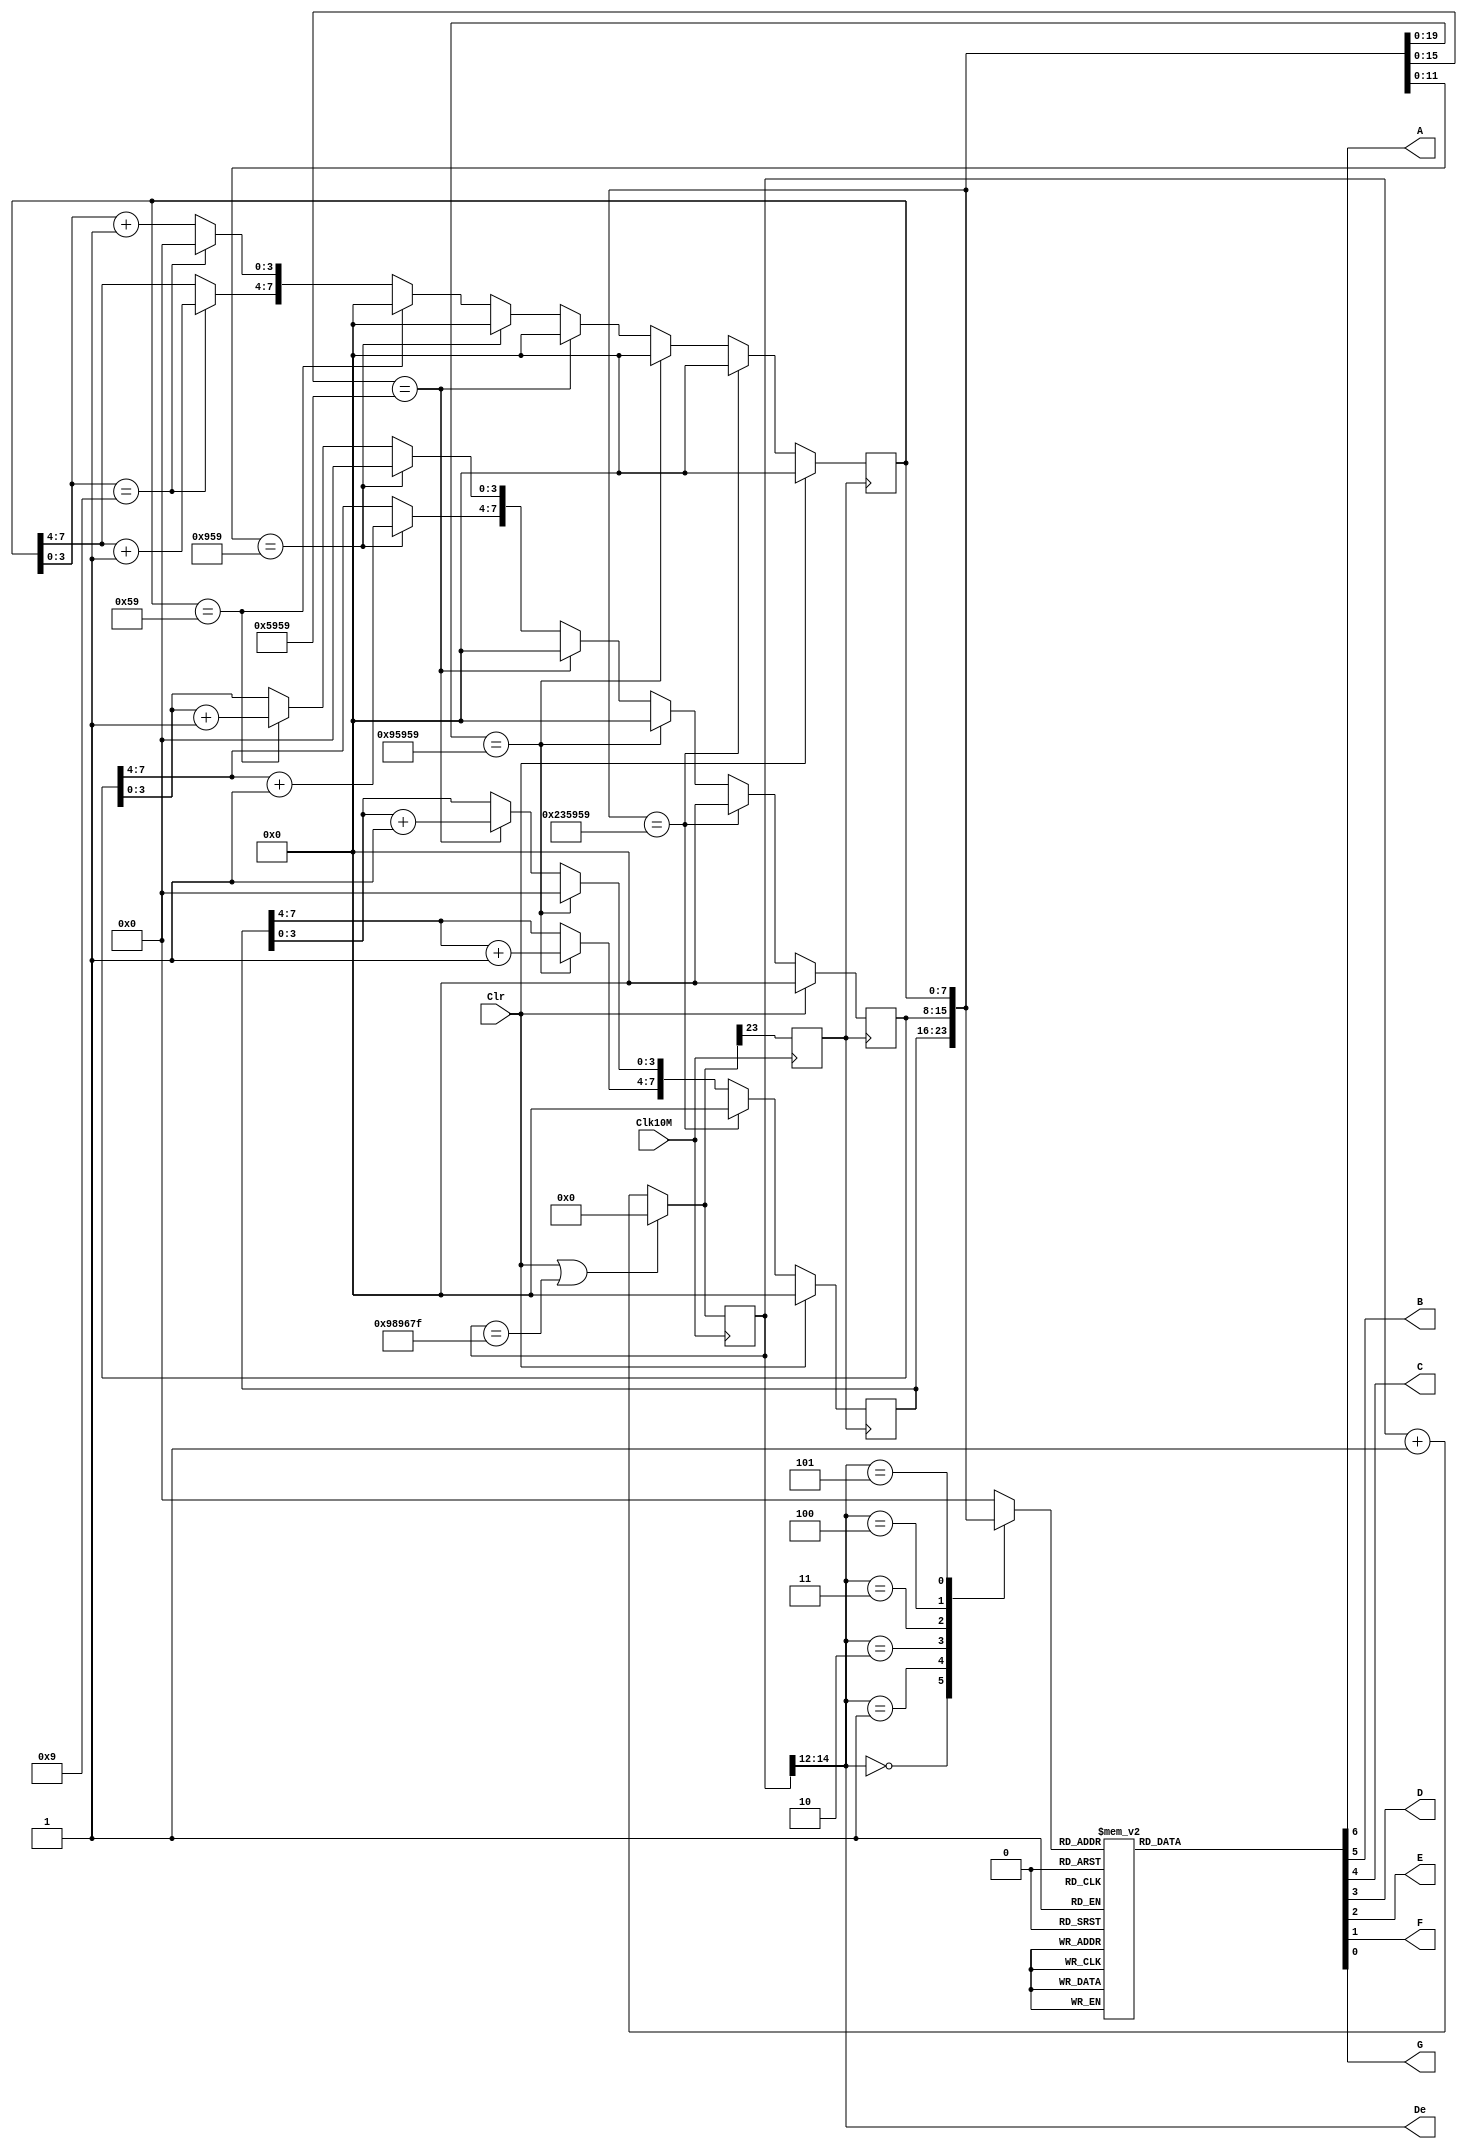
// Ch10 timer_7seg.v
// p,  0:0:0 ~ 23:59:59 p
// Cqhu 

module timer_7seg (Clk10M,Clr,De,A,B,C,D,E,F,G);
input  Clk10M,Clr;	// @J
output [3:1]  De;	// huy 
output A,B,C,D,E,F,G;	// @X, CqX
reg    [7:0]  H,M,S;	// is
reg    [23:0] Q;	// is
reg    [3:0]  Code;	// is
reg    Clk1;		// is
reg    [6:0]  L;	// is

// Wo 1Hz
always@ (posedge Clk10M)
  begin
    if (Clr || Q == 9999999)		//  10M
      Q = 0;
    else 
      Q = Q + 1;
    Clk1 = Q[23];
  end 

// ohuWv ~ 300 Hz	 
assign De = Q[14:12];
 
// p
always@ (posedge Clk1)			//  1 Hz
  if (Clr)				// ks
    begin  H = 0;  M = 0;  S = 0;  end
  else if ({H,M,S} == 24'h235959)	//  23:59:59
    {H,M,S} = 0;
  else if ({H[3:0],M,S} == 20'h95959)	//  X9:59:59
    begin
      H[7:4] = H[7:4] + 1;
      H[3:0] = 0;
      M = 0;  S = 0;
    end
  else if ({M,S} == 16'h5959)		//  XX:59:59
    begin
      H[3:0] = H[3:0] + 1;
      M = 0;  S = 0;
    end
  else if ({M[3:0],S} == 12'h959)	//  XX:X9:59
    begin
      M[7:4] = M[7:4] + 1;
      M[3:0] = 0;
      S = 0;
    end
  else if (S == 8'h59)			//  XX:XX:59
    begin
      M[3:0] = M[3:0] + 1;
      S = 0;
    end
  else if (S[3:0] == 4'h9)		//  XX:XX:X9
    begin
      S[7:4] = S[7:4] + 1;
      S[3:0] = 0;
    end
  else 					
    S[3:0] = S[3:0] + 1;

// CqhuGiX, Xq
always@ (De or H or M or S)
  case (De)
    3'b000  : Code = H[7:4];
    3'b001  : Code = H[3:0];
    3'b010  : Code = M[7:4];
    3'b011  : Code = M[3:0];
    3'b100  : Code = S[7:4];
    3'b101  : Code = S[3:0];
    default : Code = 0;
  endcase

// Cq, Xq
always@ (Code) 
  case (Code)
    0      : L = 7'h7e;
    1      : L = 7'h30;
    2      : L = 7'h6d;
    3      : L = 7'h79;
    4      : L = 7'h33;
    5      : L = 7'h5b;
    6      : L = 7'h1f;
    7      : L = 7'h70;
    8      : L = 7'h7f;
    9      : L = 7'h73;
    default: L = 7'h00;
  endcase
assign {A,B,C,D,E,F,G} = L;

endmodule